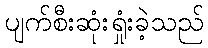
ပျက်စီးဆုံးရှုံးခဲ့သည်